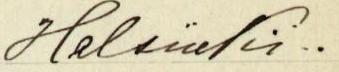
Helsinki..